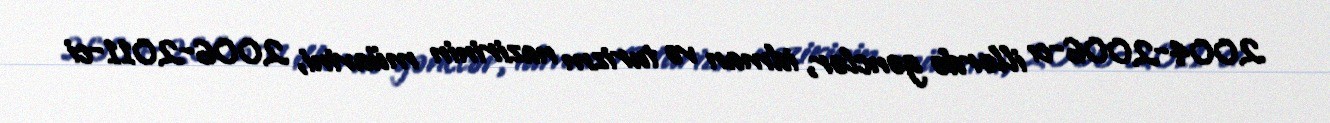
2004-2006-cı illərdə gənclər, idman və turizm nazirinin müavini, 2006-2011-ci